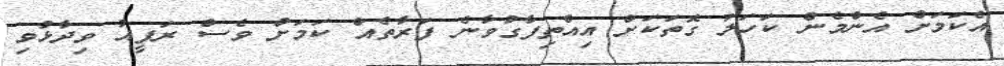
އެކަމަށް އެންމެން ކަހަލަ ގޮތަކަށް އިއްތިފާގުވާނެ ފަރާތެއް ކަމަށް ވެސް ރަފީއު ވިދާޅުވި